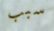
سبب